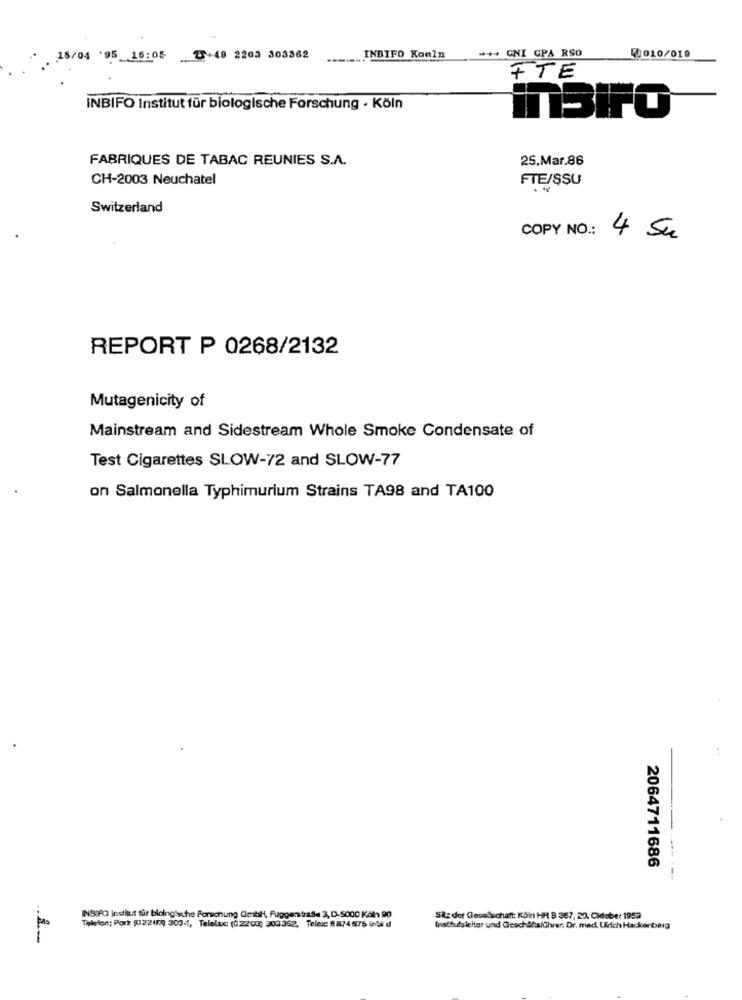
+ GNI GPA RSO
18/04 '95 16:05
.. +48 2203 303362
-----.
INBIFO Koeln
₡ 010/019
FTE
INBIFO Institut für biologische Forschung - Köln
FABRIQUES DE TABAC REUNIES S.A.
25.Mar.86
CH-2003 Neuchatel
FTE/SSU
Switzerland
COPY NO .:
4 Su
REPORT P 0268/2132
Mutagenicity of
Mainstream and Sidestream Whole Smoke Condensate of
Test Cigarettes SLOW-72 and SLOW-77
on Salmonella Typhimurium Strains TA98 and TA100
2064711686
INGIRO Institut für biologische Forschung Gmbh, Fuggerstraffe 3, D-5000 Köl 90
Sitz der Geselschaft: Kain HR B 367, 23. Cidober 1959
Telefon: Port (022(3) 303-1, Telefax: (0 2203; 303 362. Telexc 8 874675 inti d
Institutsleiter und Gesch&fsihrer. Dr. med. Urich Hackenberg